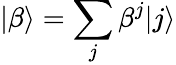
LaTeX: |\beta\rangle=\sum_{j}\beta^{j}|j\rangle